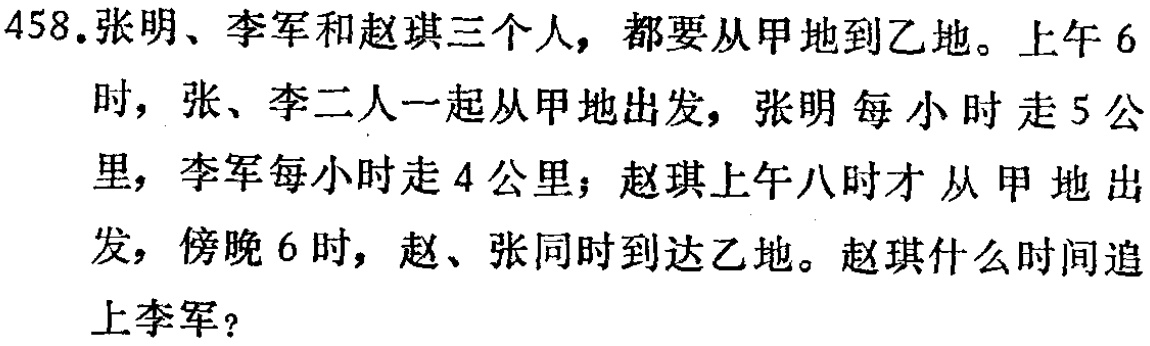
458.张明、李军和赵琪三个人，都要从甲地到乙地。上午6时，张、李二人一起从甲地出发，张明每小时走5公里，李军每小时走4公里；赵琪上午八时才从甲地出发，傍晚6时，赵、张同时到达乙地。赵琪什么时间追上李军？